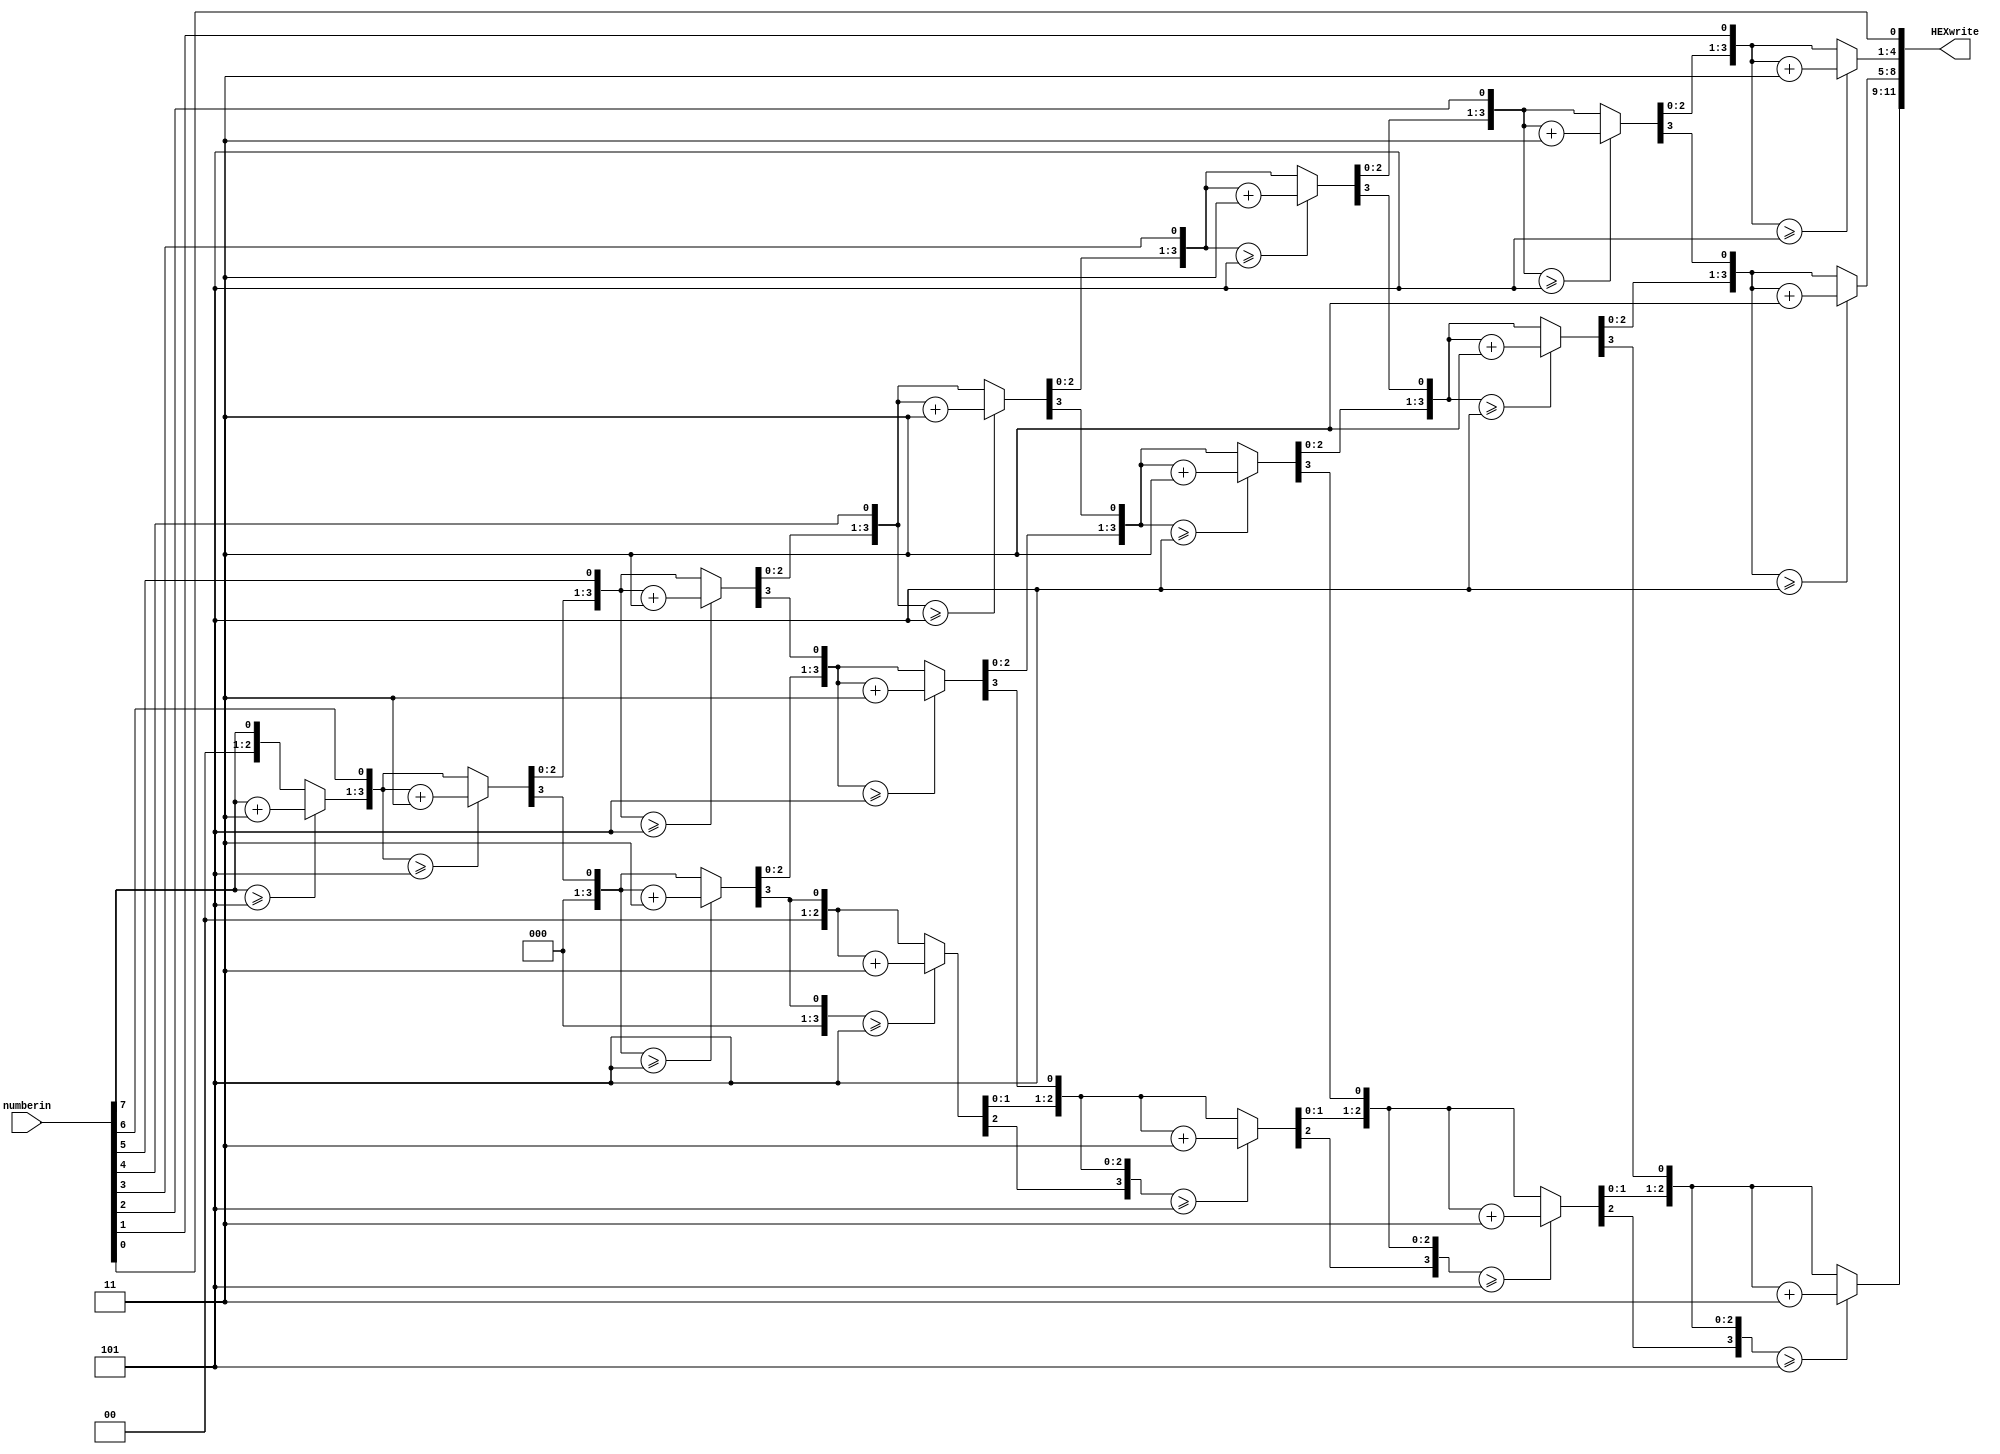
module con8to12(numberin, HEXwrite);
   input [7:0] numberin;
   reg [3:0] hundreds, tens, ones;
   output wire [11:0] HEXwrite;
   
   // Internal variable for storing bits
   reg [19:0] shift;
   integer i;
   
   always @(numberin)
   begin
      // Clear previous number and store new number in shift register
      shift[19:8] = 0;
      shift[7:0] = numberin;
      
      // Loop eight times
      for (i = 0; i<8; i = i + 1) begin
         if (shift[11:8] >= 5)
            shift[11:8] = shift[11:8] + 3;
            
         if (shift[15:12] >= 5)
            shift[15:12] = shift[15:12] + 3;
            
         if (shift[19:16] >= 5)
            shift[19:16] = shift[19:16] + 3;
         
         // Shift entire register left once
         shift = shift << 1;
      end
      
      // Push decimal numbers to output
      hundreds = shift[19:16];
      tens     = shift[15:12];
      ones     = shift[11:8];
	  
	  
   end
   
   assign HEXwrite[11:8] = hundreds;
   assign HEXwrite[7:4] = tens;
   assign HEXwrite[3:0] = ones;
   
endmodule